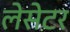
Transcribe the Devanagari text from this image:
लेसेटर